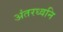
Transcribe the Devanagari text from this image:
अंतरध्वनि